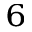
^ 6